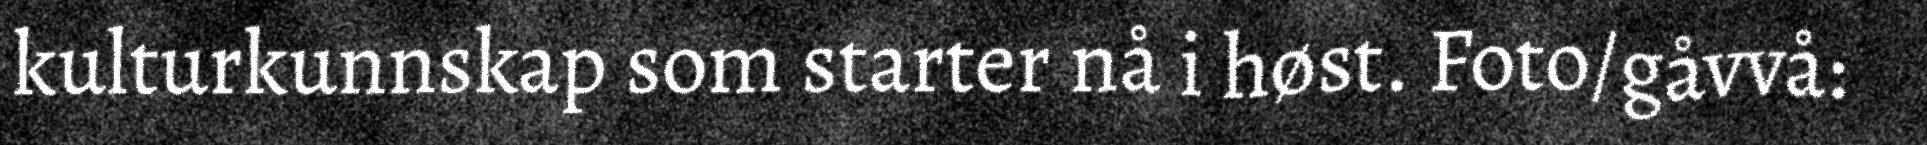
kulturkunnskap som starter nå i høst. Foto/gåvvå: